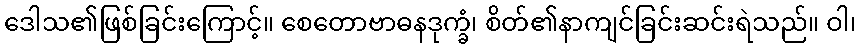
ဒေါသ၏ဖြစ်ခြင်းကြောင့်။ စေတောဗာဓနဒုက္ခံ၊ စိတ်၏နာကျင်ခြင်းဆင်းရဲသည်။ ဝါ၊